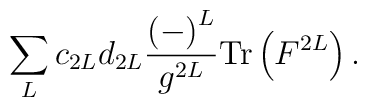
\sum_{L}c_{2L}d_{2L}\frac{\left( -\right) ^{L}}{g^{2L}}\mathrm{Tr}\left(F^{2L}\right) .